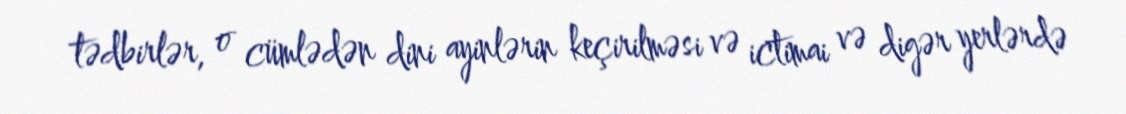
tədbirlər, o cümlədən dini ayinlərin keçirilməsi və ictimai və digər yerlərdə